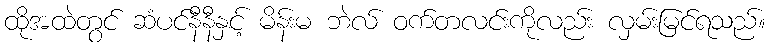
ထိုအထဲတွင် ဆံပင်နီနီနှင့် မိန်းမ ဘဲလ် ဝက်တလင်းကိုလည်း လှမ်းမြင်ရသည်။